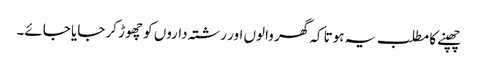
چھپنے کا مطلب یہ ہوتا کہ گھر والوں اور رشتہ داروں کو چھوڑ کر جایا جائے۔